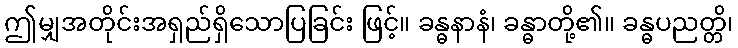
ဤမျှအတိုင်းအရှည်ရှိသောပြခြင်း ဖြင့်။ ခန္ဓနာနံ၊ ခန္ဓာတို့၏။ ခန္ဓပညတ္တိ၊